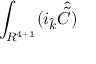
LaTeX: \int _ { R ^ { 4 + 1 } } ( i _ { \hat { k } } { \hat { \tilde { C } } } )